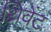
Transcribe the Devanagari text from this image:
थ्रिवेंट